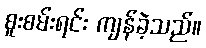
စူးစမ်းရင်း ကျန်ခဲ့သည်။